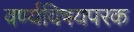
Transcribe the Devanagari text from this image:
वर्ण्यविषयपरक